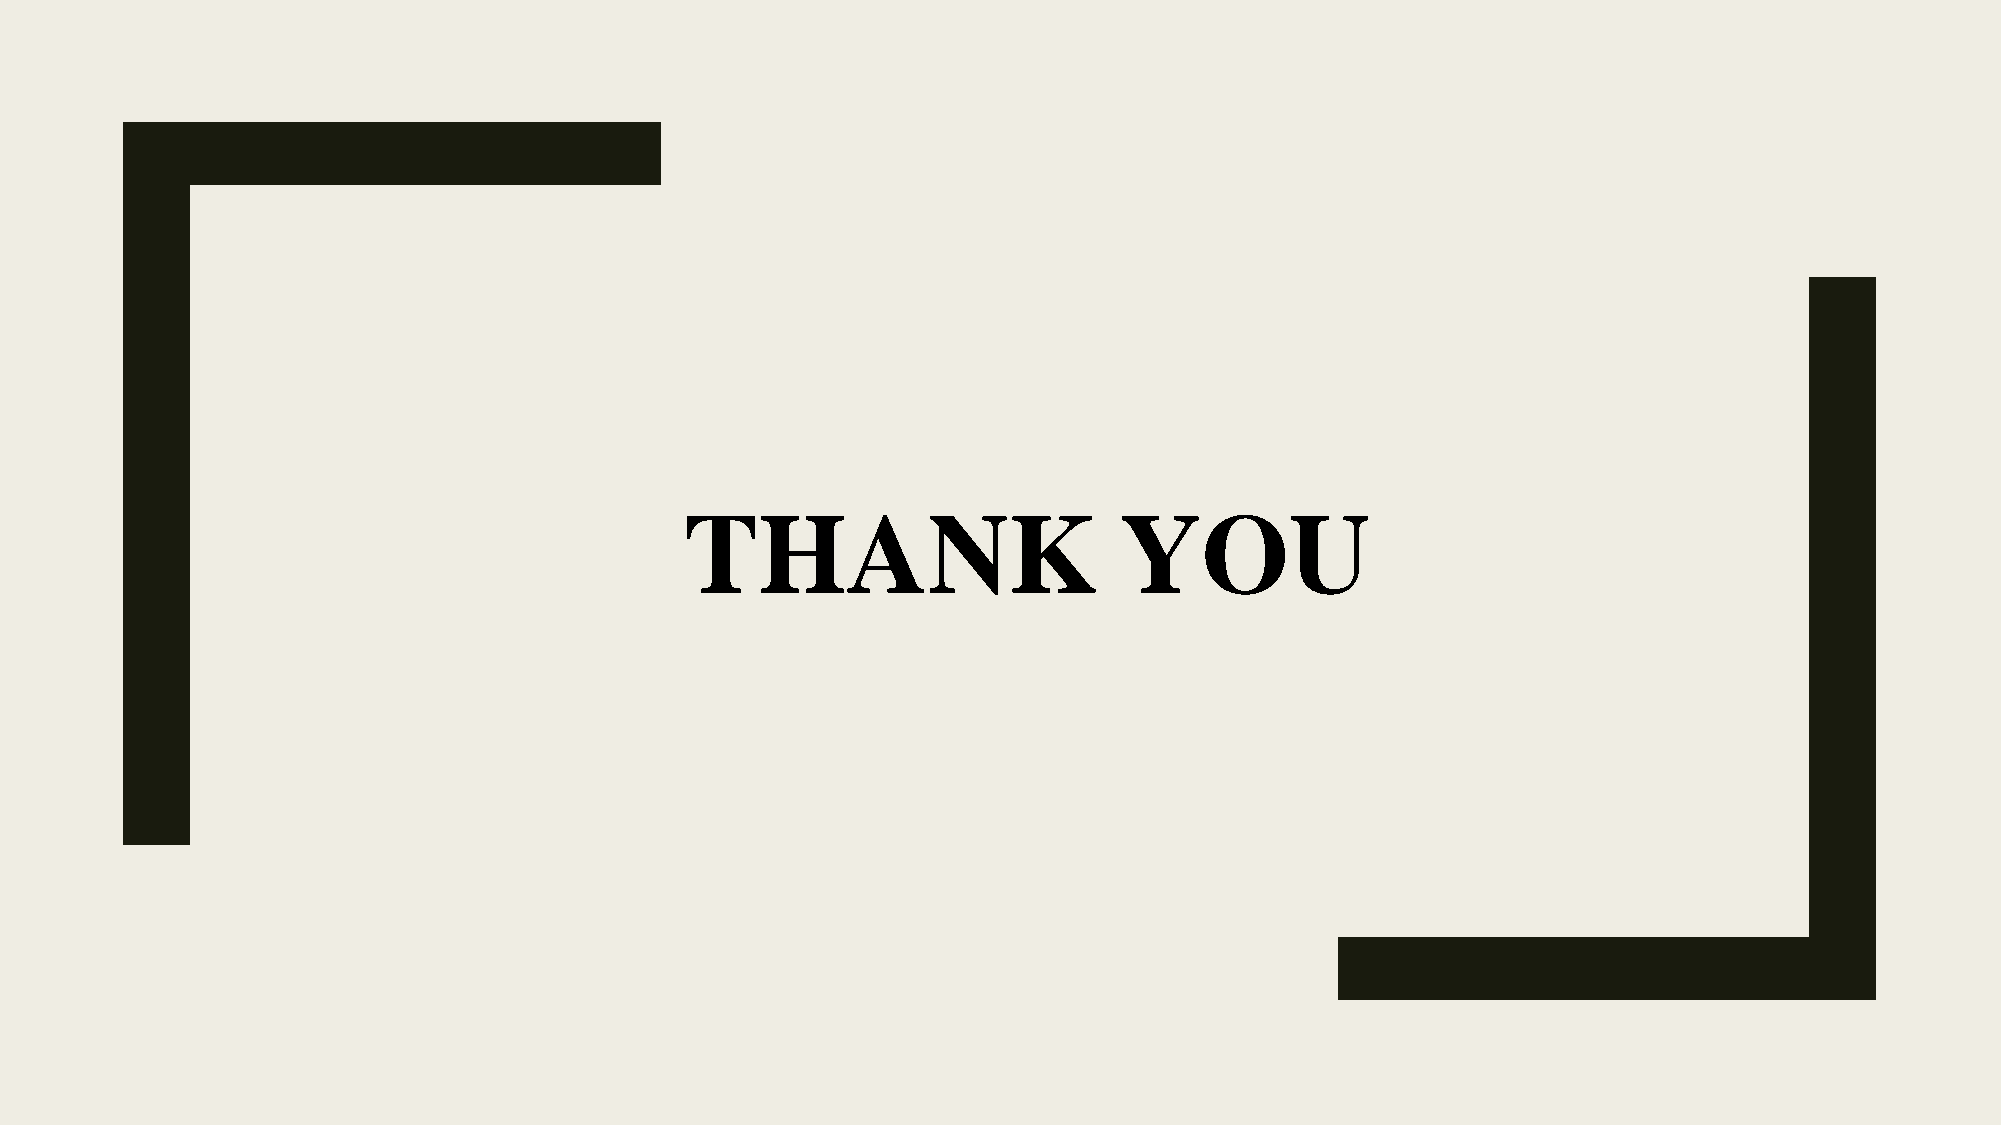
THANK                        YOU